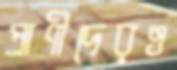
প্রাণীদেরও